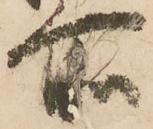
所